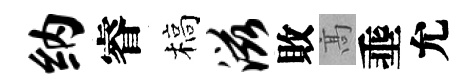
纳睿槁滋敗髙埀允